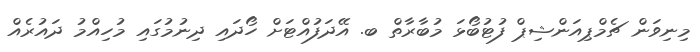
މިނިވަން ޗެމްޕިއަންޝިޕް ފުޓުބޯޅަ މުބާރާތް ބ. އޭދަފުއްޓަށް ހޯދައި ދިނުމުގައި މުހިއްމު ދައުރެއް